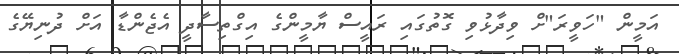
އަމީން "ހަވީރަ"ށް ވިދާޅުވި ގޮތުގައި ރައީސް ޔާމީންގެ އިގްތިސާދީ އެޖެންޑާ އަށް ދުނިޔޭގެ